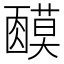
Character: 𬞿